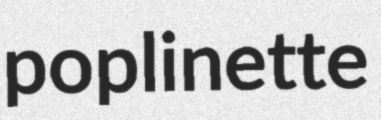
poplinette